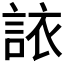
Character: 𫌻